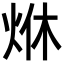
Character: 烌